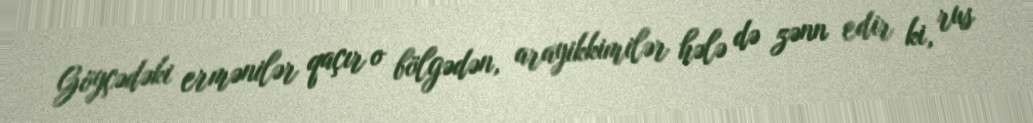
Göyçədəki ermənilər qaçır o bölgədən, arayikkimilər hələ də zənn edir ki, rus